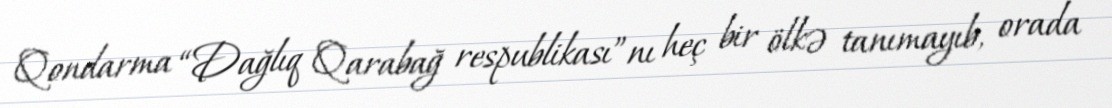
Qondarma “Dağlıq Qarabağ respublikası”nı heç bir ölkə tanımayıb, orada